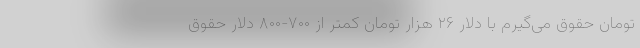
تومان حقوق می‌گیرم با دلار ۲۶ هزار تومان کمتر از ۷۰۰-۸۰۰ دلار حقوق